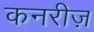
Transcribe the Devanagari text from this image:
कनरीज़